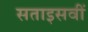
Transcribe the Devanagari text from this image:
सताइसवीं